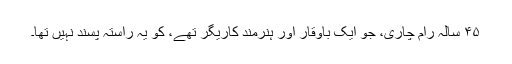
۴۵ سالہ رام چاری، جو ایک باوقار اور ہنرمند کاریگر تھے، کو یہ راستہ پسند نہیں تھا۔